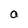
Character: a